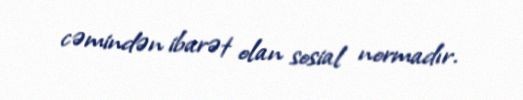
cəmindən ibarət olan sosial normadır.